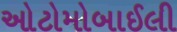
ઓટોમોબાઈલી